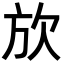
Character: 𪴩